Senior Leaving Certificate Examination (including Day School Certificate (Higher) General paper), 1949
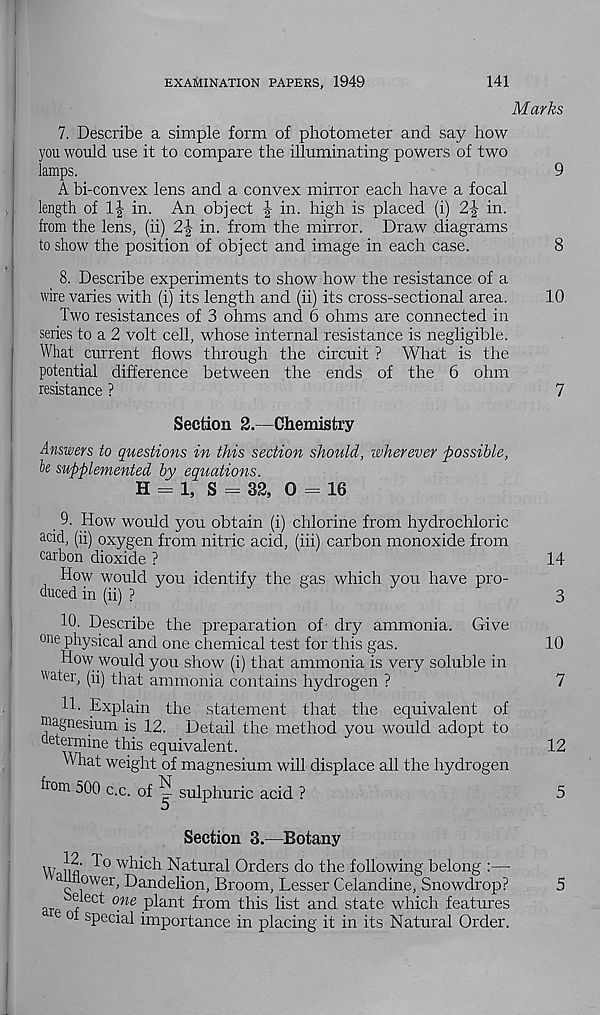
EXAMINATION PAPERS, 1949
141
Marks
7. Describe a simple form of photometer and say how
you would use it to compare the illuminating powers of two
lamps.
9
A bi-convex lens and a convex mirror each have a focal
length of 1| in. An object | in. high is placed (i) 2|- in.
from the lens, (ii)
in. from the mirror. Draw diagrams
to show the position of object and image in each case.
8
8. Describe experiments to show how the resistance of a
wire varies with (i) its length and (ii) its cross-sectional area.
10
Two resistances of 3 ohms and 6 ohms are connected in
series to a 2 volt cell, whose internal resistance is negligible.
What current flows through the circuit ? What is the
potential difference between the ends of the 6 ohm
resistance ?
7
Section 2.—Chemistry
Answers to questions in this section should, wherever possible,
h supplemented by equations.
H = 1, S = 32, 0 = 16
9. How would you obtain (i) chlorine from hydrochloric
acid, (ii) oxygen from nitric acid, (iii) carbon monoxide from
carbon dioxide ?
14
How would you identify the gas which you have pro-
duced in (ii) ?
3
10. Describe the preparation of dry ammonia. Give
one physical and one chemical test for this gas.
10
How would you show (i) that ammonia is very soluble in
water, (ii) that ammonia contains hydrogen ?
7
11. Explain the statement that the equivalent of
Magnesium is 12. Detail the method you would adopt to
determine this equivalent.
12
What weight of magnesium will displace all the hydrogen
dona 500 c.c. of ^ sulphuric acid ?
5
Section 3.—Botany
W nfl
w^c h Natural Orders do the following belong :—
a nower, Dandelion, Broom, Lesser Celandine, Snowdrop?
5
are f
^ pl an t from this list and state which features
01 s P ec ial importance in placing it in its Natural Order.